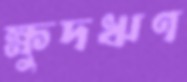
ক্ষুদঋণ